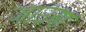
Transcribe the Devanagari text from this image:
जाउण